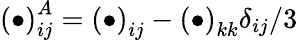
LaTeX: \left(\bullet\right)_{ij}^{A}={\left(\bullet\right)_{ij}}-{\left(\bullet\right)_{kk}}{\delta_{ij}}/3